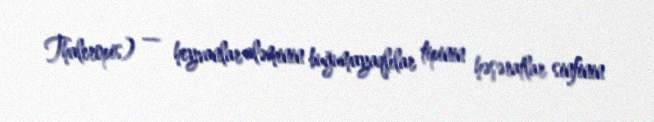
Thaleropis) — heyvanlar aləminin buğumayaqlılar tipinin həşəratlar sinfinin